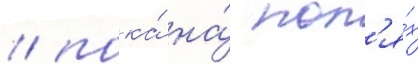
/ пока́ на́ пол'я́х